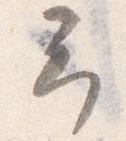
予